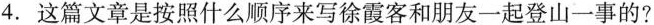
4. 这篇文章是按照什么顺序来写徐霞客和朋友一起登山一事的?